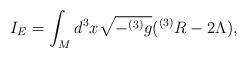
LaTeX: \begin{align*}I_{E} = \int_{M} d^{3}x \sqrt{-^{(3)}g}(^{(3)}R-2\Lambda) ,\end{align*}